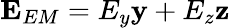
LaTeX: \mathbf{E}_{EM}=E_{y}\mathbf{y}+E_{z}\mathbf{z}